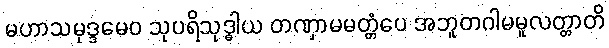
မဟာသမုဒ္ဒမေဝ သုပရိသုဒ္ဓါယ တဏှာမမတ္တံပေ အဘူတဂါမမူလတ္တာတိ